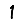
Digit: 1